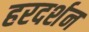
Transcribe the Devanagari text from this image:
हरदर्शन